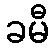
ခမီ